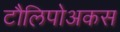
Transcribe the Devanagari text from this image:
टौलिपोअकस